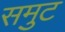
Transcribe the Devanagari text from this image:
समुट